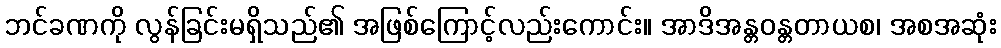
ဘင်ခဏကို လွန်ခြင်းမရှိသည်၏ အဖြစ်ကြောင့်လည်းကောင်း။ အာဒိအန္တဝန္တတာယစ၊ အစအဆုံး